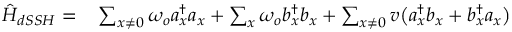
\begin{array} { r l } { \hat { H } _ { d S S H } = } & { { } \sum _ { x \ne 0 } \omega _ { o } a _ { x } ^ { \dagger } a _ { x } + \sum _ { x } \omega _ { o } b _ { x } ^ { \dagger } b _ { x } + \sum _ { x \ne 0 } v \big ( a _ { x } ^ { \dagger } b _ { x } + b _ { x } ^ { \dagger } a _ { x } \big ) } \end{array}